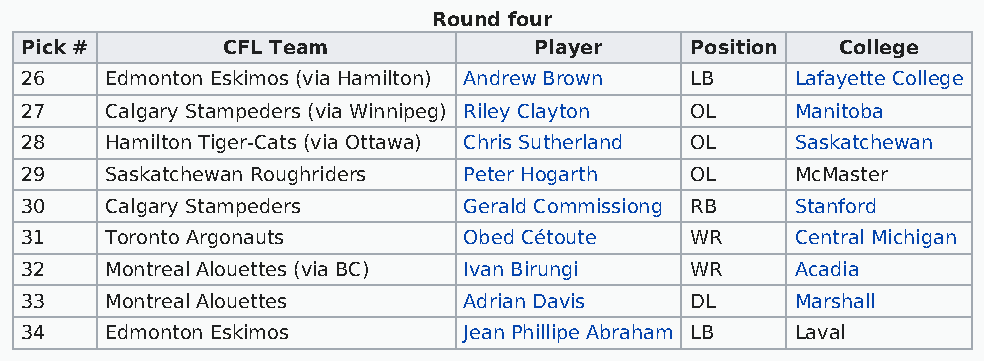
Round four
 Pick #        CFL Team            Player     Position  College
 26    Edmonton Eskimos (via Hamilton) Andrew Brown LB Lafayette College
 27    Calgary Stampeders (via Winnipeg) Riley Clayton OL Manitoba
 28    Hamilton Tiger-Cats (via Ottawa) Chris Sutherland OL Saskatchewan
 29    Saskatchewan Roughriders Peter Hogarth OL     McMaster
 30    Calgary Stampeders      Gerald Commissiong RB Stanford
 31    Toronto Argonauts       Obed Cétoute   WR     Central Michigan
 32    Montreal Alouettes (via BC) Ivan Birungi WR   Acadia
 33    Montreal Alouettes      Adrian Davis   DL     Marshall
 34    Edmonton Eskimos        Jean Phillipe Abraham LB Laval